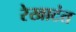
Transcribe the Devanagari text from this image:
रेखाटंत